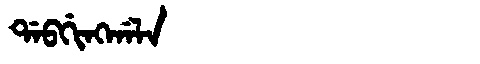
Manchu: ᡩᠠᠪᡤᡳᠩᡤᠠᠯᠠ
Romanization: DABGINGGALA